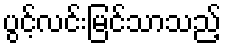
ပွင့်လင်းမြင်သာသည့်